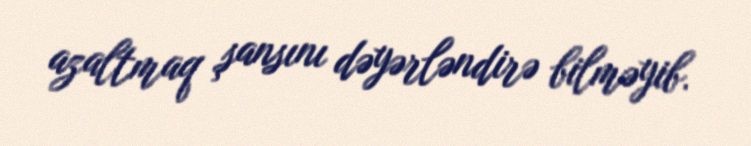
azaltmaq şansını dəyərləndirə bilməyib.